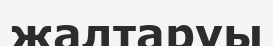
жалтаруы